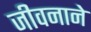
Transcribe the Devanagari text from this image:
जीवनाने